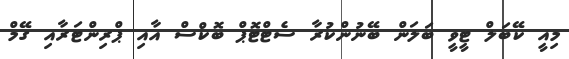
މިއީ ކޭބަލް ޓީވީ ބަލަން ބޭނުންކުރާ ސެޓްޓޮޕް ބޮކްސް އާއި ޕްރިންޓަރާއި ގޭމް